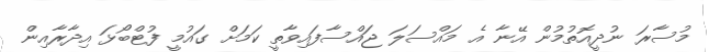
މުސާރަ ނުދީއޮތުމުން އޭނާ އެ މައްސަލަ ޖައްސާފައިވާތީ ކަމަށް ގައުމީ ފުޓްބޯޅަ އިދާރާއިން